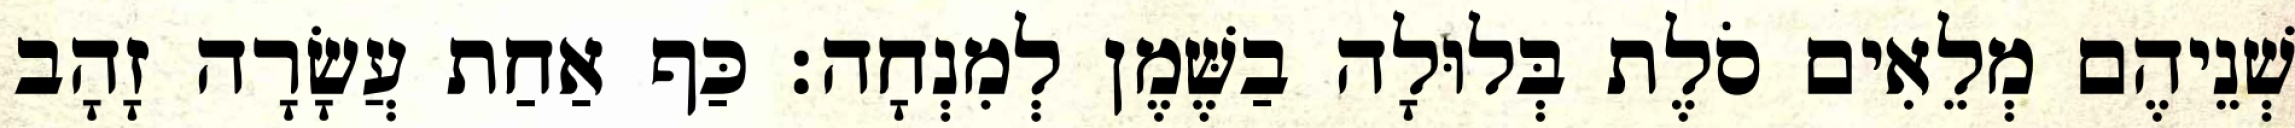
שְׁנֵיהֶם מְלֵאִים סֹלֶת בְּלוּלָה בַשֶּׁמֶן לְמִנְחָה׃ כַּף אַחַת עֲשָׂרָה זָהָב